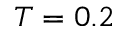
T = 0 . 2